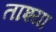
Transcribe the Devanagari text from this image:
ताश्या